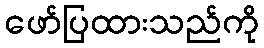
ဖော်ပြထားသည်ကို